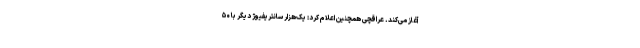
آغاز می‌کند. عراقچی همچنین اعلام کرد: یک‌هزار سانتریفیوژ دیگر با ۵۰